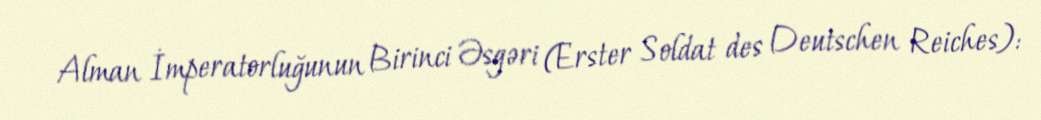
Alman İmperatorluğunun Birinci Əsgəri (Erster Soldat des Deutschen Reiches):